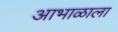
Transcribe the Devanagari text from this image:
आभाळाला